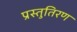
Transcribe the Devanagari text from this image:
प्रस्तुतिरण